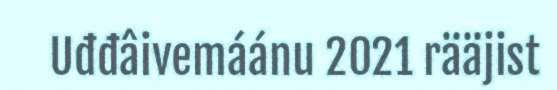
Uđđâivemáánu 2021 rääjist